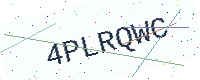
Text: 4PLRQWC